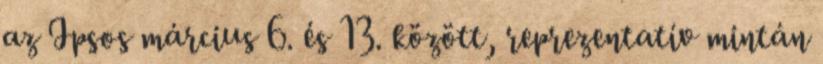
az Ipsos március 6. és 13. között, reprezentatív mintán